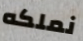
نملكه